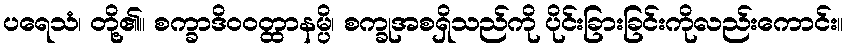
ပရေသံ၊ တို့၏။ စက္ခာဒိဝဝတ္ထာနမ္ပိ၊ စက္ခုအစရှိသည်ကို ပိုင်းခြားခြင်းကိုလည်းကောင်း။